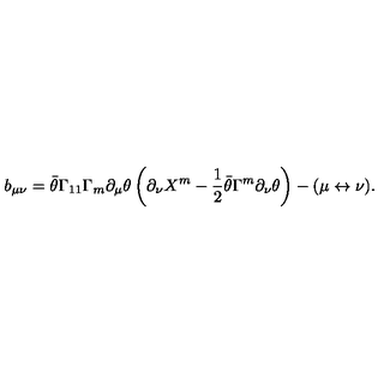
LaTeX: b _ { \mu \nu } = \bar { \theta } \Gamma _ { 1 1 } \Gamma _ { m } \partial _ { \mu } \theta \left( \partial _ { \nu } X ^ { m } - { \frac { 1 } { 2 } } \bar { \theta } \Gamma ^ { m } \partial _ { \nu } \theta \right) - ( \mu \leftrightarrow \nu ) .